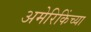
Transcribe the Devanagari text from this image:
अमेरिकिंच्या